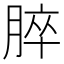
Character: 脺